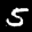
Label: 5